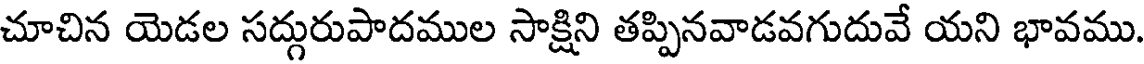
చూచిన యెడల సద్గురుపాదముల సాక్షిని తప్పినవాడవగుదువే యని భావము.